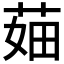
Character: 𦲣